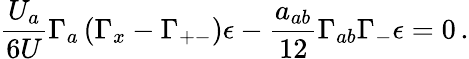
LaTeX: {\frac{U_{a}}{6U}}\Gamma_{a}\left(\Gamma_{x}-\Gamma_{+-}\right)\epsilon-{\frac{a_{ab}}{12}}\Gamma_{ab}\Gamma_{-}\epsilon=0\, .